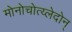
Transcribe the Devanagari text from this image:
मोनोचोत्य्लेदोन्